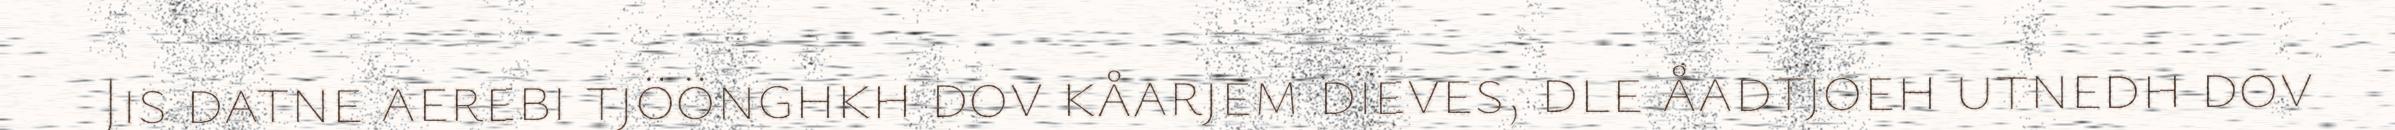
Jis datne aerebi tjöönghkh dov kåarjem dïeves, dle åadtjoeh utnedh dov